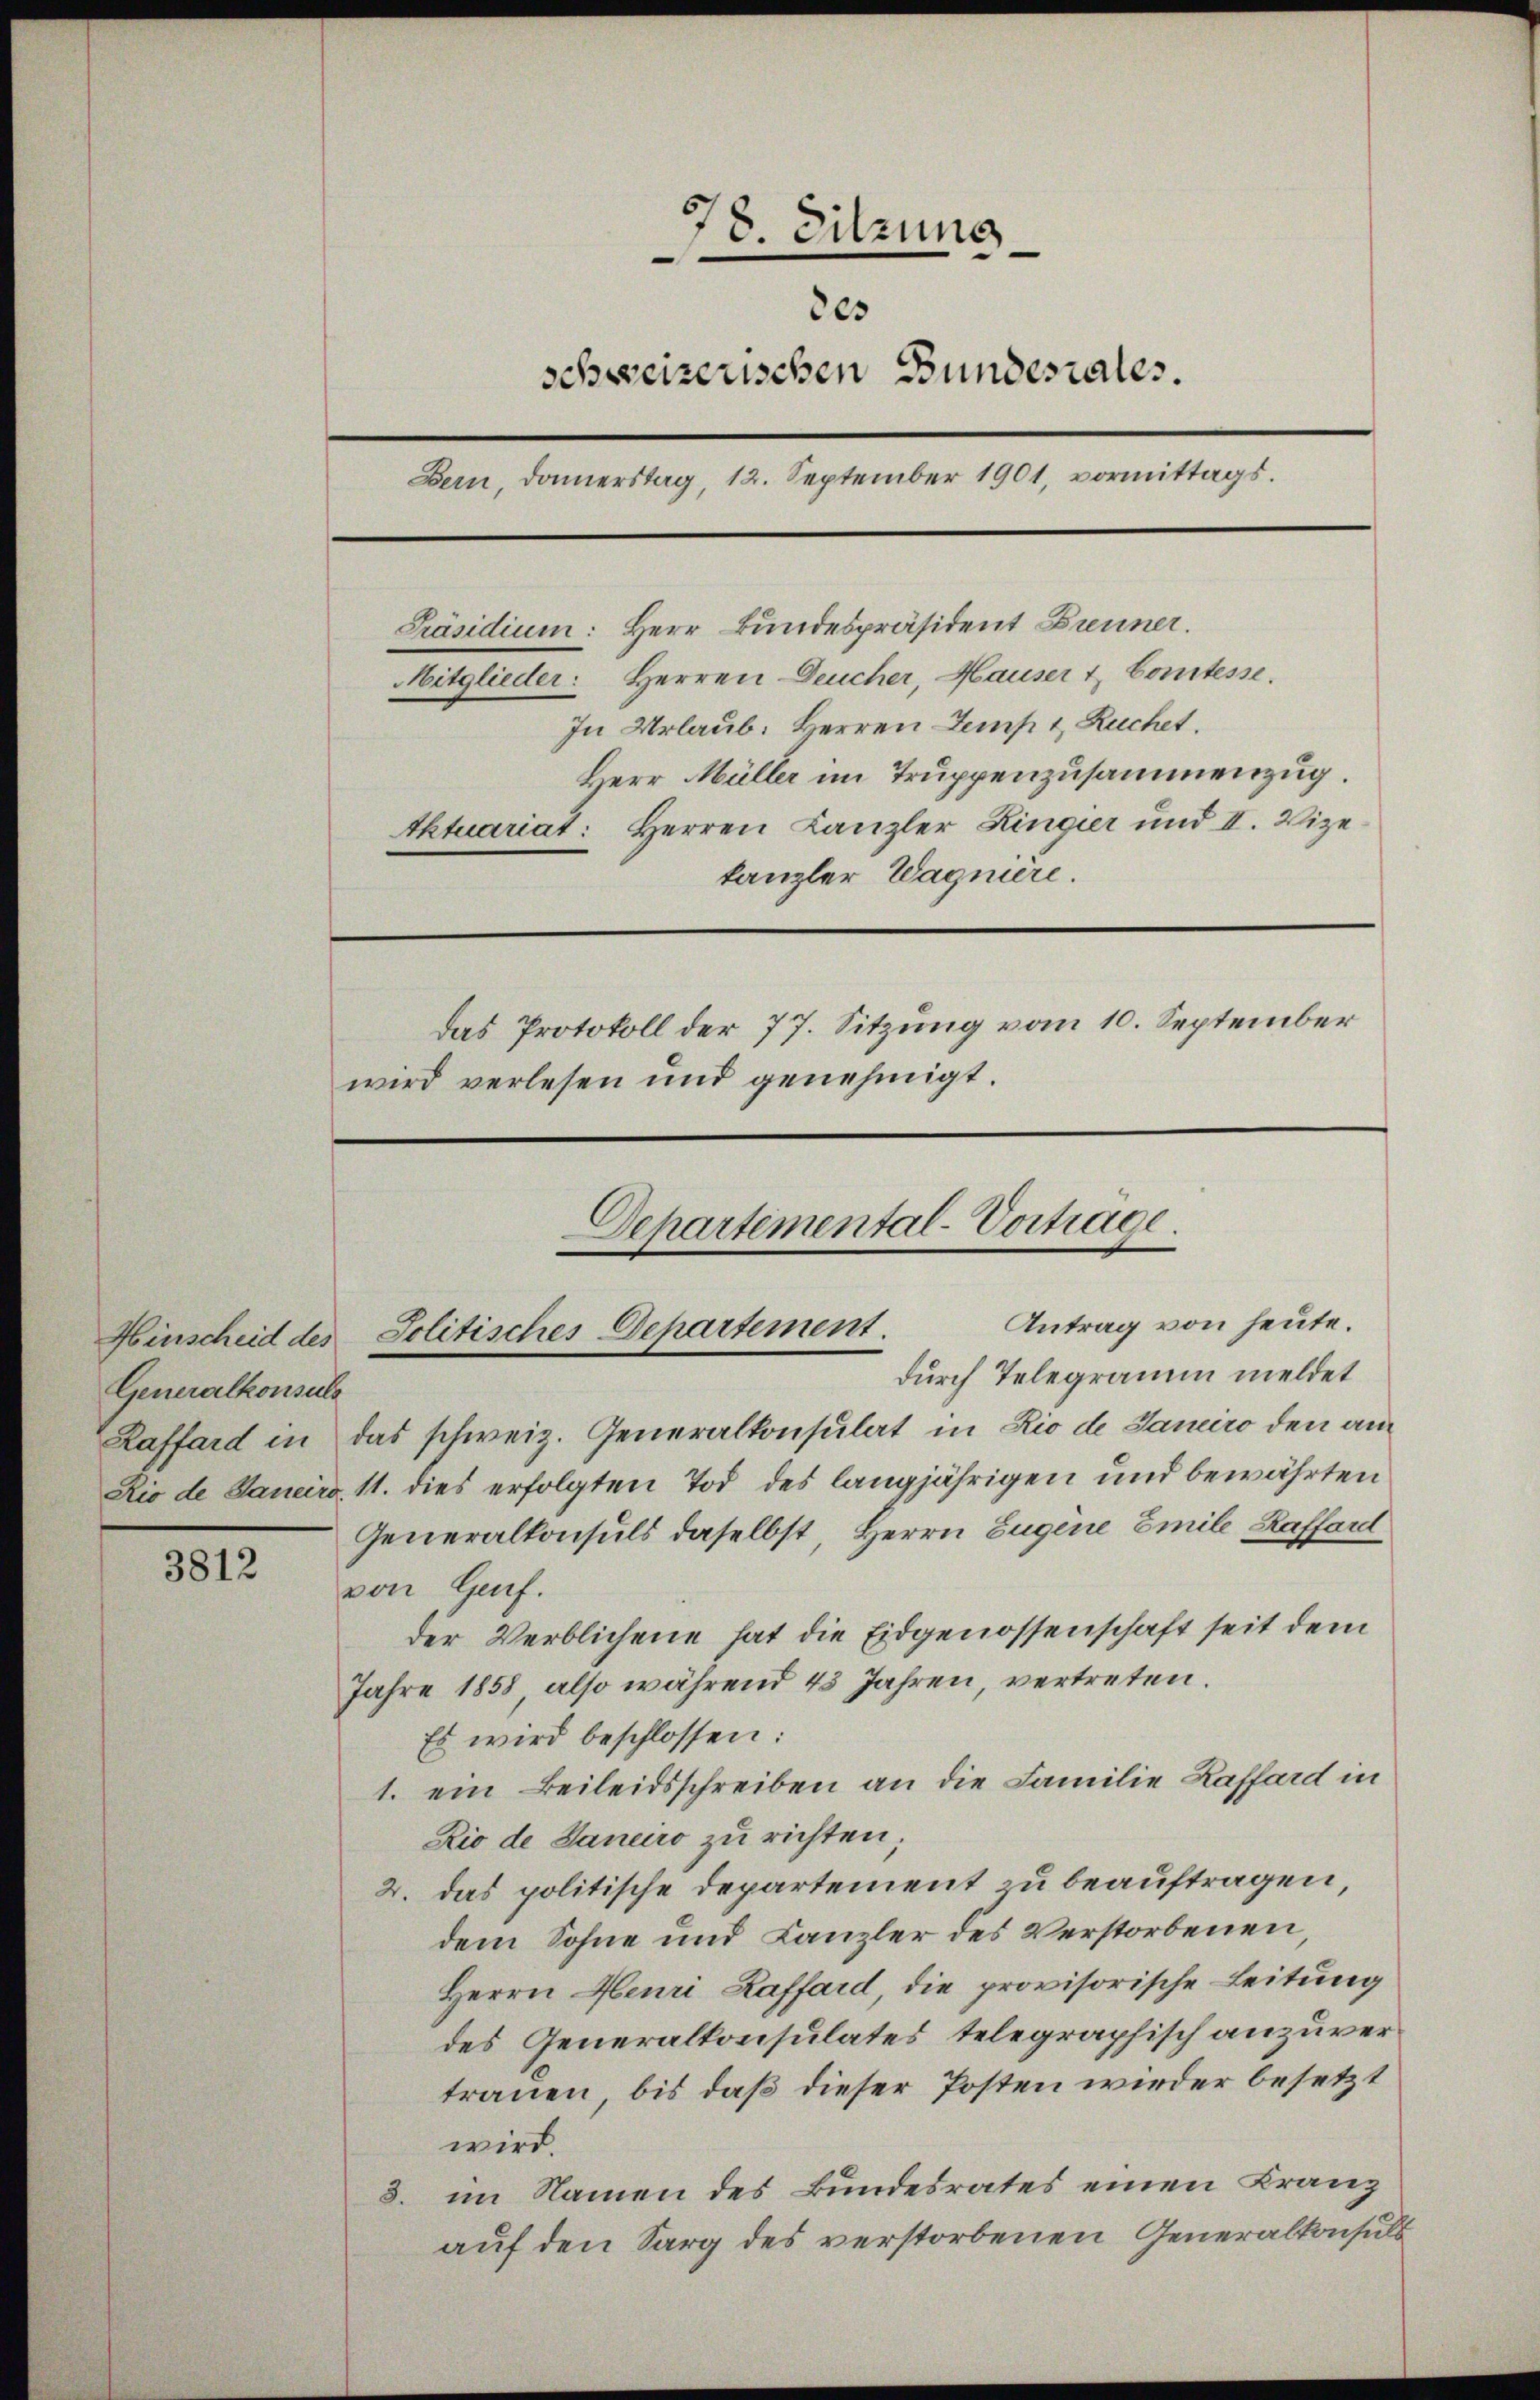
Generalkonsuls

3812

78. Sitzung.
2es
schweizerischen Bundesrates.
Bern, Donnerstag, 12. September 1901, vormittags.
Präsidium: Herr Bundespräsident Brenner.
Mitglieder: Herren Deucher, Hauser & Comtesse.
In Urlaub. Herren Lemp 1, Ruchet.
Herr Müller im Truppenzusammenzug.
tktuariat: Herren Kanzler Ringier und II. Vize-
kanzler Wagnière.
Das Protokoll der 77. Sitzung vom 10. September
wird verlesen und genehmigt.

l
Departemental-Vortrage.
Antrag von heute.
Hinscheid des Politisches Departement.
durch Telegramm meldet

Raffard in das schweiz. Generalkonsulat in Rio de Janeiro den am
Rio de Janeiro, 11. dies erfolgten Tod des langjährigen und bewährten
Generalkonsuls daselbst, Herrn Eugene Emile Kaffard
von Genf.
der Verblichene hat die Eidgenossenschaft seit dem
Jahre 1858 also während 43 Jahren, vertreten.
Es wird beschlossen:
1. ein Beileidsschreiben an die Familie Kaffard in
Rio de Janeiro zu richten;
2. das politische Departement zu beauftragen
dem Sohne und Canzler des Verstorbenen,
Herrn Heuri Laffard, die provisorische Leitung
des Generalkonsulates, telegraphisch anzuvertrauen, bis daß dieser Posten wieder besetzt
wird.
3. im Namen des Bundesrates einen Kranz
auf den Sarg des verstorbenen Generalkonsuls